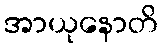
အာယုနောတိ